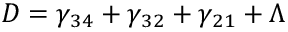
D = \gamma _ { 3 4 } + \gamma _ { 3 2 } + \gamma _ { 2 1 } + \Lambda